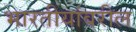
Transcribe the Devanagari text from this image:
भारतीयांवरील